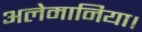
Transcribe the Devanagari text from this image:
अलेमानिया।